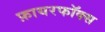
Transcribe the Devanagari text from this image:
फ़ायरफॉक्स